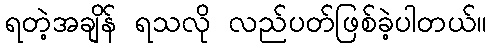
ရတဲ့အချိန် ရသလို လည်ပတ်ဖြစ်ခဲ့ပါတယ်။